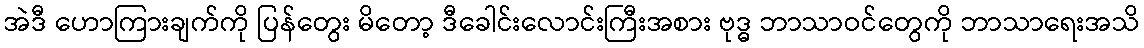
အဲဒီ ဟောကြားချက်ကို ပြန်တွေး မိတော့ ဒီခေါင်းလောင်းကြီးအစား ဗုဒ္ဓ ဘာသာဝင်တွေကို ဘာသာရေးအသိ